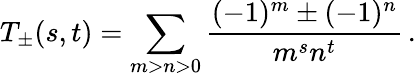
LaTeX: T_{\pm}(s,t)=\sum_{m>n>0}\frac{(-1)^{m}\pm(-1)^{n}}{m^{s}n^{t}}\, .